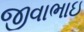
જીવાભાઇ